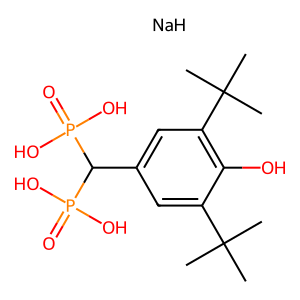
SMILES: CC(C)(C)c1cc(C(P(=O)(O)O)P(=O)(O)O)cc(C(C)(C)C)c1O.[NaH]
Inhibits HIV replication: No